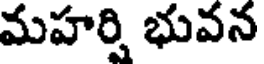
మహర్షి భువన